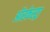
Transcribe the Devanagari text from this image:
ऑरकेस्ट्रा